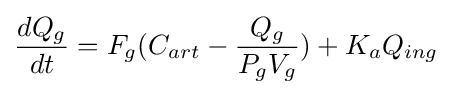
{dQ_{g} \over dt}=F_{g}(C_{art}-{{Q_{g}} \over {P_{g}V_{g}}})+K_{a}Q_{ing}